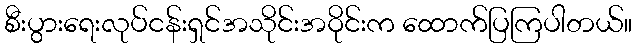
စီးပွားရေးလုပ်ငန်းရှင်အသိုင်းအဝိုင်းက ထောက်ပြကြပါတယ်။